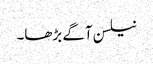
نیلسن آگے بڑھا۔